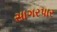
સાગરપાર